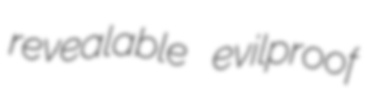
revealable evilproof